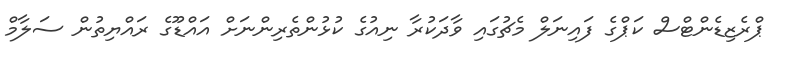
ޕްރެޒިޑެންޓްސް ކަޕްގެ ފައިނަލް މެޗުގައި ވާދަކުރާ ނިއުގެ ކުޅުންތެރިންނަށް އައްޑޫގެ ރައްޔިތުން ސަލާމް